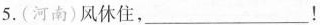
5.(河南)风休住，\underline！